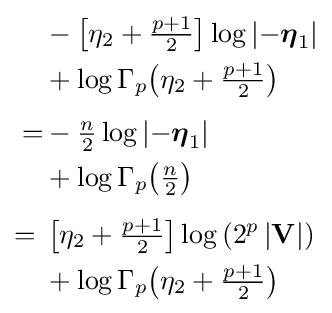
{\begin{aligned}&-\left[\eta _{2}+{\tfrac {p+1}{2}}\right]\log \left|-{\boldsymbol {\eta }}_{1}\right|\\&+\log \Gamma _{p}{\left(\eta _{2}+{\tfrac {p+1}{2}}\right)}\\[1ex]=&-{\tfrac {n}{2}}\log \left|-{\boldsymbol {\eta }}_{1}\right|\\&+\log \Gamma _{p}{\left({\tfrac {n}{2}}\right)}\\[1ex]={}&\left[\eta _{2}+{\tfrac {p+1}{2}}\right]\log \left(2^{p}\left|\mathbf {V} \right|\right)\\&+\log \Gamma _{p}{\left(\eta _{2}+{\tfrac {p+1}{2}}\right)}\end{aligned}}